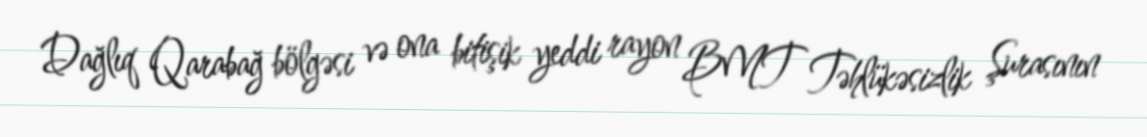
Dağlıq Qarabağ bölgəsi və ona bitişik yeddi rayon BMT Təhlükəsizlik Şurasının